Report on malaria in the Punjab during the year ...  together with an account of the work of the Punjab Malaria Bureau - Volume 5
Disease focus: Malaria
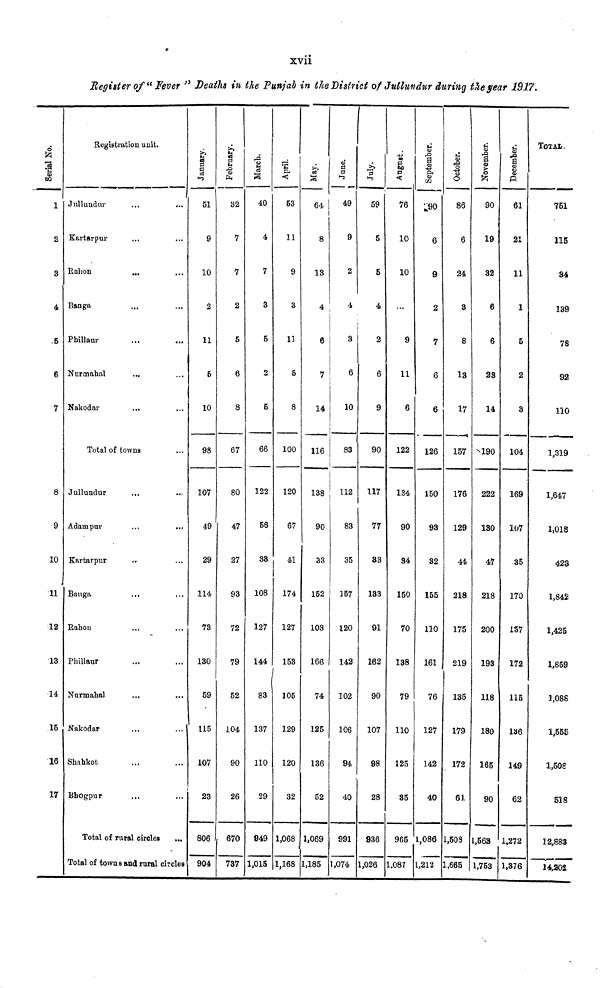
xvii
Register of " Fever " Deaths in the Punjab in the District of Jullundur during the year 1917.
Serial No.
1
2
3
4
.5
6
7
8
9
10
11
12
13
•14
15
16
17
Registration unit.
Jullundur
Kartarpur
Rahon
Banga
Phillaur
Nurmahal
Nakodar
...
...
...
...
...
...
Total of towns
Jullundur
Adampur
Kartarpur
Banga
Rahou
Phillaur
Nurmahal
Nakodar
Shahkot
Bhogpur
...
..
...
...
...
...
...
...
Total of rural circles
...
...
...
...
...
...
...
...
...
...
...
...
Total of towns and rural circles
January.
51
9
10
2
11
5
10
98
107
49
29
114
73
130
59
115
107
23
806
904
February.
32
7
7
2
5
6
8
67
80
47
27
93
72
79
52
104
90
26
670
737
March.
40
4
7
3
5
2
5
66
122
56
38
108
127
144
83
137
110
29
949
1,015
April.
53
11
9
3
11
5
8
100
120
67
41
174
127
153
105
129
120
32
1,068
1,168
May.
64
8
13
4
6
7
14
116
138
90
33
152
103
166
74
125
136
52
1,069
1,185
June.
49
9
2
4
3
6
10
83
112
83
35
157
120
142
102
106
94
40
991
1,074
59
5
5
4
2
6
9
90
117
77
33
133
91
162
90
107
98
28
936
1,026
76
10
10
9
11
6
122
134
90
34
150
70
138
79
110
125
35
965
1,087
September.
90
6
9
2
7
6
6
126
150
93
32
155
110
161
76
127
142
40
1,086
1,212
October.
86
6
24
3
8
13
17
157
176
129
44
218
175
219
135
179
172
61
1,503
1,665
90
19
32
6
6
23
14
190
222
130
47
218
200
193
118
180
165
90
1,563
1,753
61
21
11
1
5
2
3
104
169
107
35
170
137
172
115
136
149
62
1,272
1,376
TOTAL
751
115
34
139
78
92
110
1,319
1,647
1,018
423
1,842
1,425
1,859
1,088
1,55S
1,508
518
12.883
14,202